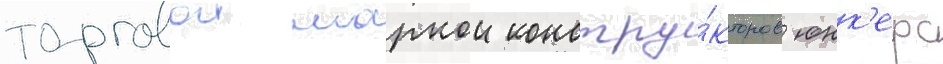
торговои маркои констру́кторов юнк'ерс